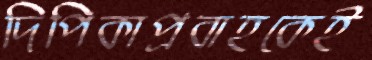
দিপিকাপ্রবাহকেই